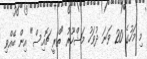
މި މަހުގެ 20 ވަނަ ދުވަހު މަޝްހޫރު "ތްރީ ޗޮއިސް" އިން ބޭއްވި